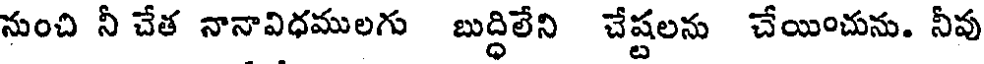
నుంచి నీ చేత నానావిధములగు బుద్ధిలేని చేష్టలను చేయించును. నీవు